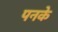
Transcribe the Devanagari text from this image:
पनके